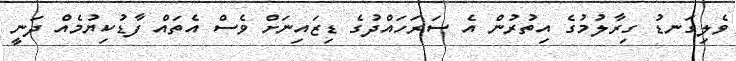
ވެލިގަނޑު ގިރާލުމުގެ އިތުރުން އެ ސަރަހައްދުގެ ޑިޒައިނަށް ވެސް އެތައް ފާޑުކިޔުމެއް ދަނީ